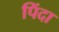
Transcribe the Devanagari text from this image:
पिंदा